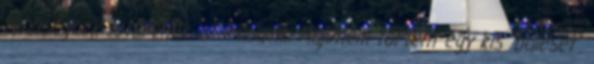
többségnek tetszenek az írásaink. Majdnem történt egy kis "baleset".